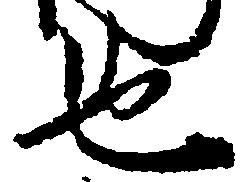
也